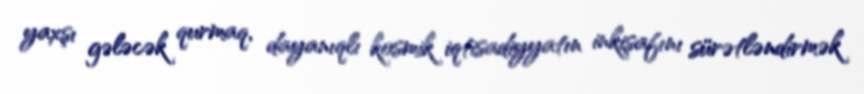
yaxşı gələcək qurmaq, dayanıqlı kosmik iqtisadiyyatın inkişafını sürətləndirmək